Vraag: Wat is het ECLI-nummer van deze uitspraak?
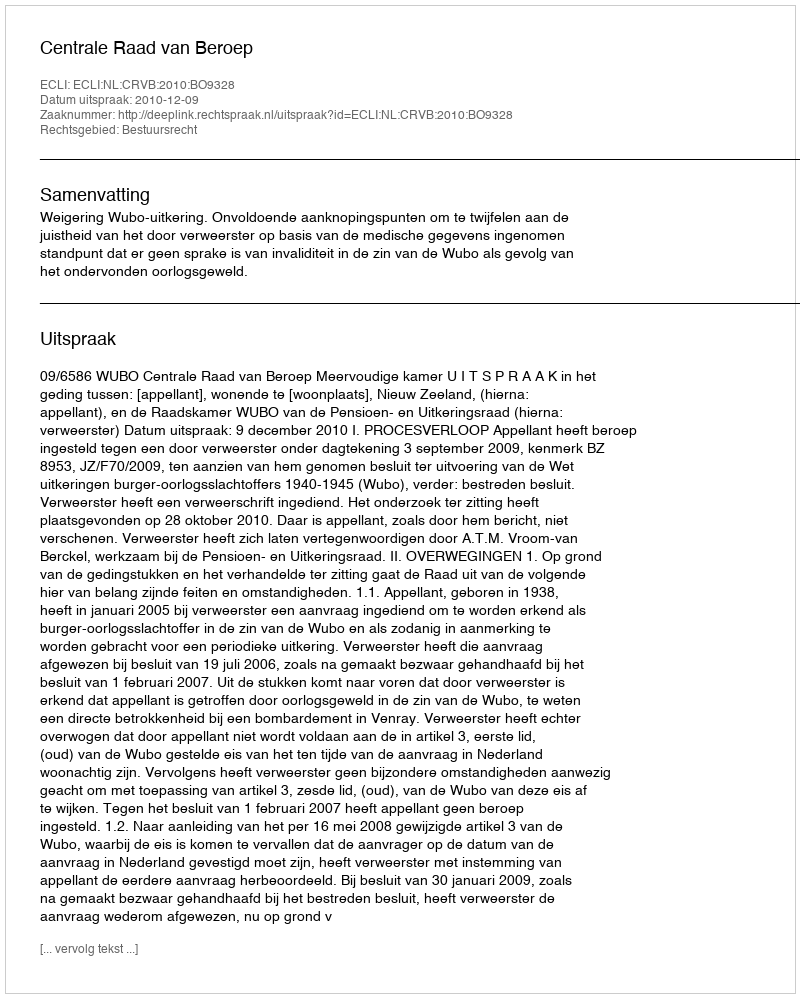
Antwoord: ECLI:NL:CRVB:2010:BO9328